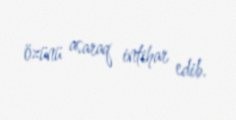
özünü asaraq intihar edib.